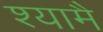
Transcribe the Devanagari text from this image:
श्यामै